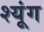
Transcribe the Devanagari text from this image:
श्यूंग